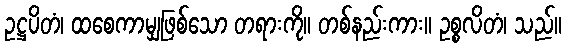
ဥဋ္ဌပိတံ၊ ထစေကာမျှဖြစ်သော တရားကို။ တစ်နည်းကား။ ဥစ္စလိတံ၊ သည်။